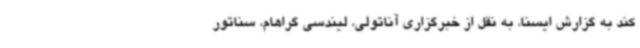
کند به گزارش ایسنا، به نقل از خبرگزاری آناتولی، لیندسی گراهام، سناتور